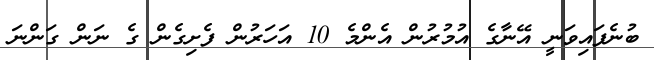
ބުނެފައިވަނީ އޭނާގެ އުމުރުން އެންމެ 10 އަހަރުން ފެށިގެން ގެ ނަން ގަންނަ